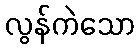
လွန်ကဲသော